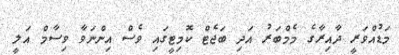
މަޑުއްވަރީ ދާއިރާގެ މެމްބަރު އަދި ބަޖެޓް ކޮމިޓީގައި ވެސް އިންނަވާ ވިސާމް އަލީ